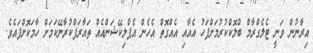
އިރާނުން ވަނީ ޓެލެގްރާމް ބްލޮކްކުރުމަށްފަހު އެއާއި އެއްގޮތް އެހެން އެޕްލިކޭޝަންއެއް ތައާރަފްކުރާނޭކަމަށް ހާމަކޮށްފައެވެ.